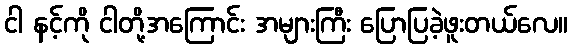
ငါ နင့်ကို ငါတို့အကြောင်း အများကြီး ပြောပြခဲ့ဖူးတယ်လေ။